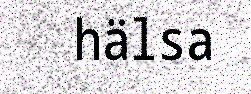
hälsa